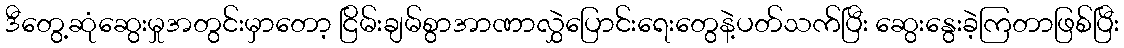
ဒီတွေ့ဆုံဆွေးမှုအတွင်းမှာတော့ ငြိမ်းချမ်စွာအာဏာလွှဲပြောင်းရေးတွေနဲ့ပတ်သက်ပြီး ဆွေးနွေးခဲ့ကြတာဖြစ်ပြီး